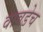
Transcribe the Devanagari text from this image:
वावडेच